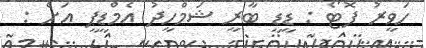
ހަވީރު ފޮޓޯ : ޑީޑީ ބާރީ ޝަމްހީދު އެމްޑީޕީ އަށް :